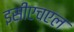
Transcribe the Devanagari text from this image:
इसीएचएल